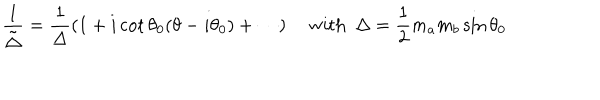
LaTeX: \frac { 1 } { \tilde { \Delta } } = \frac { 1 } { \Delta } ( 1 + i \cot \theta _ { 0 } ( \theta - i \theta _ { 0 } ) + \cdots ) \quad ~ \mathrm { w i t h } ~ ~ \Delta = \frac { 1 } { 2 } m _ { a } m _ { b } \sin \theta _ { 0 }